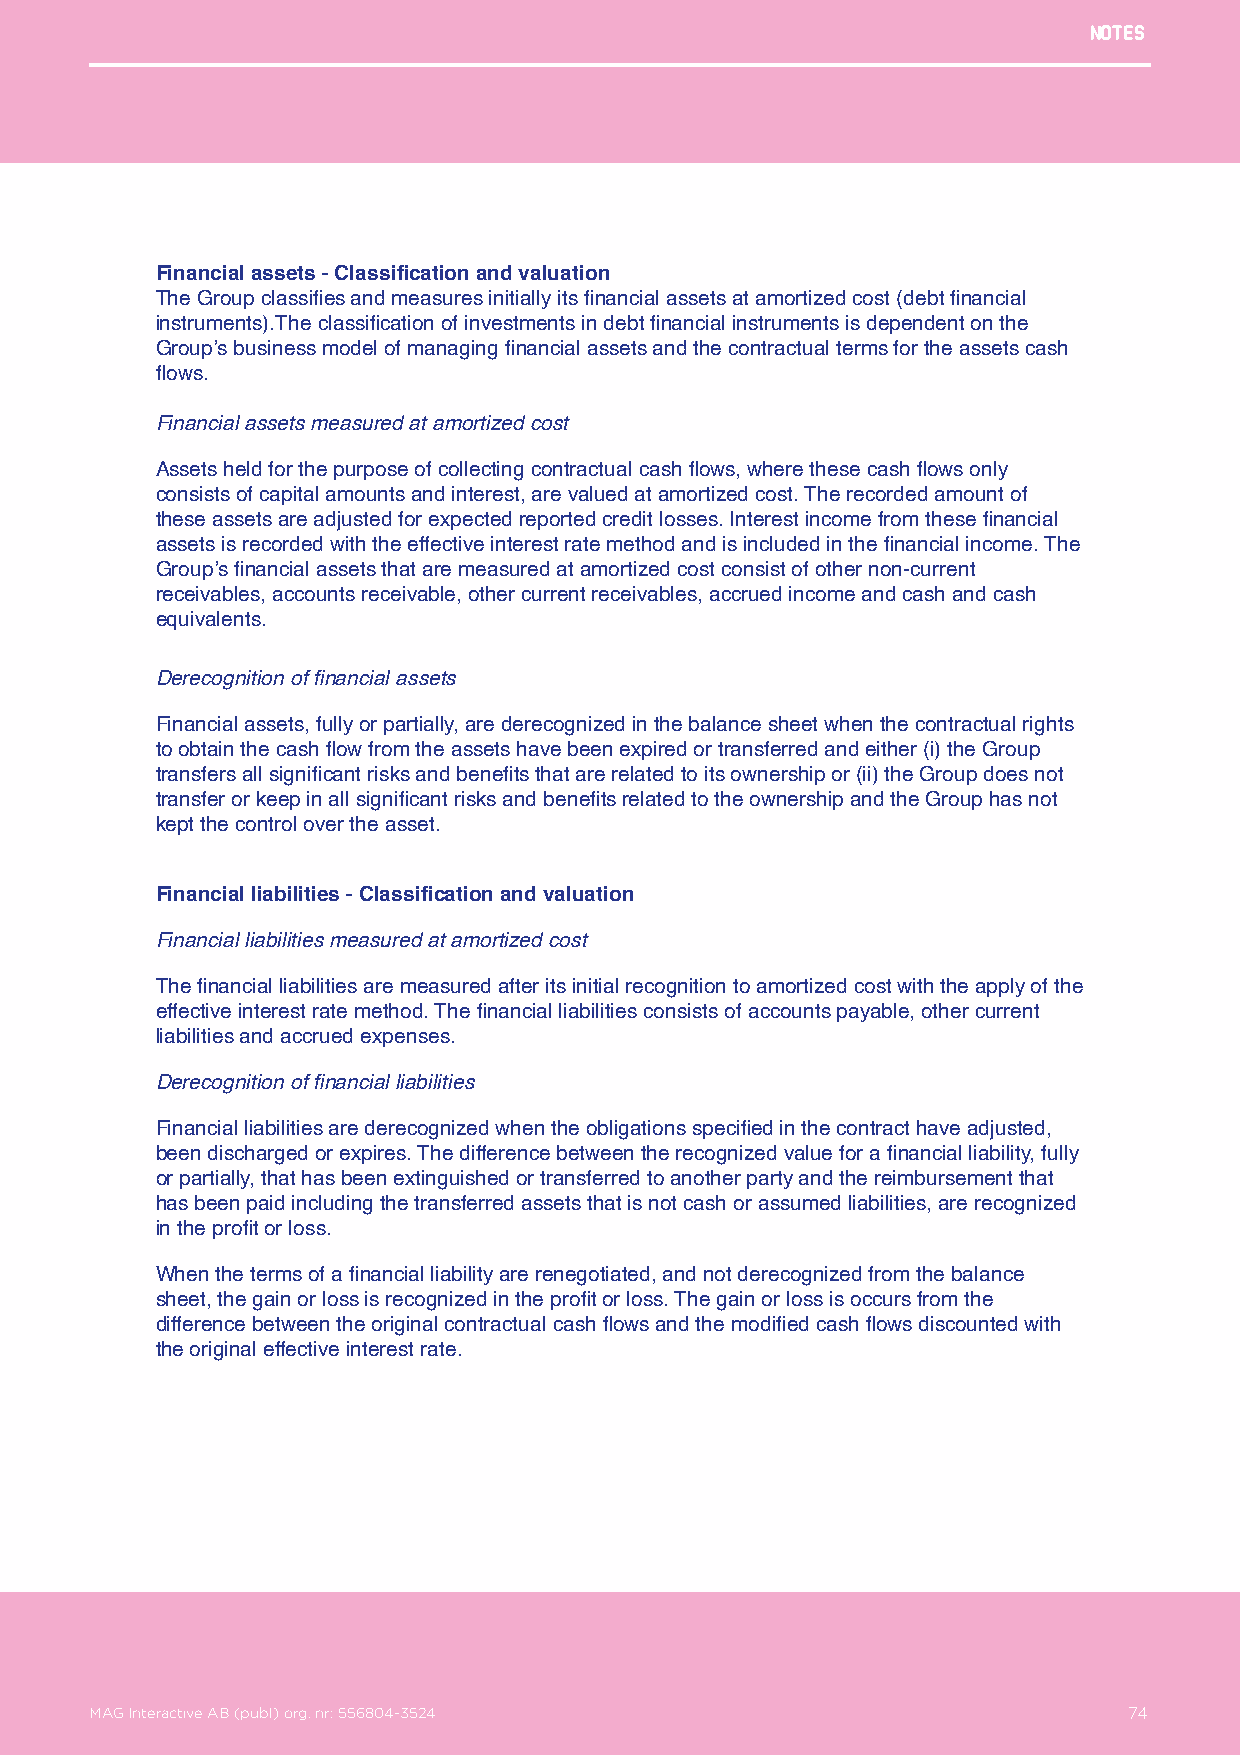
Notes
 Financial assets - Classification and valuation
 The Group classifies and measures initially its financial assets at amortized cost (debt financial
 instruments).The classification of investments in debt financial instruments is dependent on the
 Group’s business model of managing financial assets and the contractual terms for the assets cash
 flows.
 Financial assets measured at amortized cost
 Assets held for the purpose of collecting contractual cash flows, where these cash flows only
 consists of capital amounts and interest, are valued at amortized cost. The recorded amount of
 these assets are adjusted for expected reported credit losses. Interest income from these financial
 assets is recorded with the effective interest rate method and is included in the financial income. The
 Group’s financial assets that are measured at amortized cost consist of other non-current
 receivables, accounts receivable, other current receivables, accrued income and cash and cash
 equivalents.
 Derecognition of financial assets
 Financial assets, fully or partially, are derecognized in the balance sheet when the contractual rights
 to obtain the cash flow from the assets have been expired or transferred and either (i) the Group
 transfers all significant risks and benefits that are related to its ownership or (ii) the Group does not
 transfer or keep in all significant risks and benefits related to the ownership and the Group has not
 kept the control over the asset.
 Financial liabilities - Classification and valuation
 Financial liabilities measured at amortized cost
 The financial liabilities are measured after its initial recognition to amortized cost with the apply of the
 effective interest rate method. The financial liabilities consists of accounts payable, other current
 liabilities and accrued expenses.
 Derecognition of financial liabilities
 Financial liabilities are derecognized when the obligations specified in the contract have adjusted,
 been discharged or expires. The difference between the recognized value for a financial liability, fully
 or partially, that has been extinguished or transferred to another party and the reimbursement that
 has been paid including the transferred assets that is not cash or assumed liabilities, are recognized
 in the profit or loss.
 When the terms of a financial liability are renegotiated, and not derecognized from the balance
 sheet, the gain or loss is recognized in the profit or loss. The gain or loss is occurs from the
 difference between the original contractual cash flows and the modified cash flows discounted with
 the original effective interest rate.
 MAG Interactive AB (publ) org. nr: 556804-3524                   74
 MAG Interactive AB (publ) org. nr: 556804-3524                       74